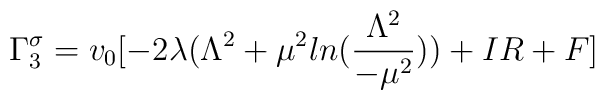
\Gamma_3^{\sigma}= v_0[-2\lambda( \Lambda^2 + \mu^2ln(\frac{\Lambda^2}{-\mu^2})) + IR+ F]